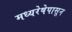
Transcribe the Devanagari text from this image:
मध्यरेषेपासून